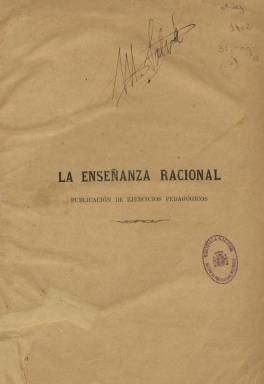
Título: La Enseñanza racional
Colección: Educación
Ámbito geográfico: Baleares
Lugar de publicación: Ciudadela de Menorca, Baleares
Fechas: 01/01/1888-31/12/1888

“Revista pedagógica” es el subtítulo de esta publicación seriada, estampada en la imprenta y librería que Salvador Fábregues tenía establecida en la importante localidad menorquina de Ciudadela, de donde era originario y ejercía el magisterio su fundador y redactor, el pedagogo y escritor Juan Benejam Vives (1846-1922), influenciado de los ideales regeneracionistas y promotor de varias publicaciones periódicas y autor obras de la misma naturaleza, entre otras.

Esta revista no tiene el carácter de defensora de los intereses profesionales, sino que se dedica a insertar lecciones y ejercicios sobre educación religiosa, social y estética, de gramática, aritmética, geografía, historia, ciencias naturales y físicas o de higiene, entre otros asuntos, destinadas a los niños, sus familias y maestros.

Es pues una “publicación de ejercicios pedagógicos”, con algunos epígrafes como Una clase alegre, La naturaleza en presencia de los niños, La gramática de los ejemplos, Ejercicios de redacción, Explicaciones y ejercicios, o unas Descripciones poéticas y una Carta a una amiga, firmada esta por Luisa.

La colección de este título en la Biblioteca Nacional de España está formada por 24 entregas numeradas, de doce páginas cada una, compuestas a dos columnas, y que suman un total de 288, indicando al final: “Fin de la primera parte”. Dichas entregas carecen de data y todas llevan la serie “Año I”. Benejam data su artículo de presentación del primer número en Ciudadela de Menorca, el uno de julio de 1888, y sólo en los números 5, 6 y 7 se indica este mismo año en el pie de imprenta.

Asimismo, en el número correspondiente al 26 de diciembre de 1888 del decenal, también pedagógico, El Auxiliar, de Santa Cruz de Tenerife, se da cuenta de la publicación del número 7 de La Enseñanza racional menorquina.

La información arriba indicada no resuelve del todo si la “revista” de Benejam tuvo periodicidad regular, y si esta lo fue quincenal o mensual. Las entregas debieron seguir apareciendo a partir de ese año 1888, y algunas fuentes señalan que pudo estar publicándose mensualmente hasta julio de 1891.

Sobre la obra pedagógica con referencias a la labor periodística o publicista de Benejam, véanse los trabajos de Alemany Vich (1974), Colom Canyelles (1996), Vilafranca i Manguán (2002), Checa Godoy (2002) y Motilla Salas (2006).